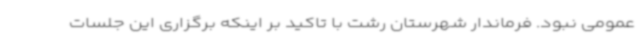
عمومی نبود. فرماندار شهرستان رشت با تاکید بر اینکه برگزاری این جلسات